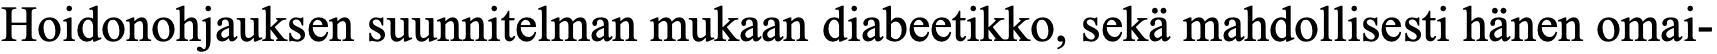
Hoidonohjauksen suunnitelman mukaan diabeetikko, sekä mahdollisesti hänen omai-